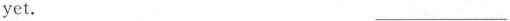
yet.___